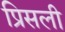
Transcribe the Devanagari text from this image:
प्रिसली